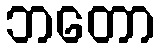
ဘတော